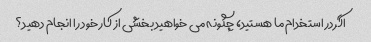
اگر در استخدام ما هستید، چگونه می خواهید بخشی از کار خود را انجام دهید؟